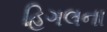
હિગલના